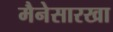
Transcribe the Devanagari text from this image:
मैनेसारखा